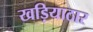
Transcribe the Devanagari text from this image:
खड़ियाठार